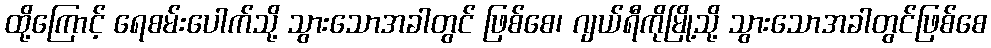
ထို့ကြောင့် ရေစမ်းပေါက်သို့ သွားသောအခါတွင် ဖြစ်စေ၊ ဂျယ်ရီကိုမြို့သို့ သွားသောအခါတွင်ဖြစ်စေ